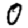
Digit: 0